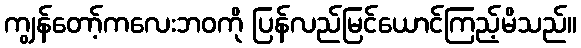
ကျွန်တော့်ကလေးဘဝကို ပြန်လည်မြင်ယောင်ကြည့်မိသည်။